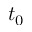
t _ { 0 }